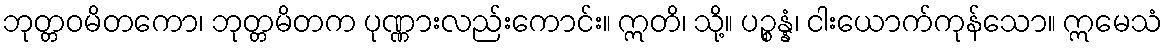
ဘုတ္တဝမိတကော၊ ဘုတ္တမိတက ပုဏ္ဏားလည်းကောင်း။ ဣတိ၊ သို့။ ပဉ္စန္နံ၊ ငါးယောက်ကုန်သော။ ဣမေသံ